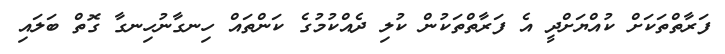
ފަރާތްތަކަށް ކުއްޔަށްދީ އެ ފަރާތްތަކުން ކުލި ދެއްކުމުގެ ކަންތައް ހިނގާނުހިނގާ ގޮތް ބަލައި